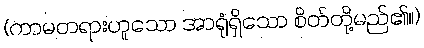
(ကာမတရားဟူသော အာရုံရှိသော စိတ်တို့မည်၏။)